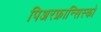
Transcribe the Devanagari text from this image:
पिअरफ्रान्सिस्को